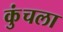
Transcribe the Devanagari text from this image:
कुंचला